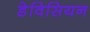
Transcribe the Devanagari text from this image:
डेविसियन